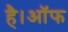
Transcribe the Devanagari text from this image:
है।ऑफ